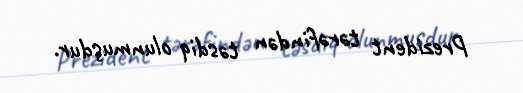
Prezident tərəfindən təsdiq olunmuşdur.